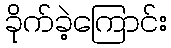
ခိုက်ခဲ့ကြောင်း